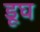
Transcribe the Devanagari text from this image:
डूघ